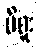
မိစူး